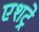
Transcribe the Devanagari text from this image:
एशट्रे